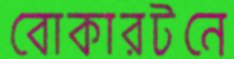
বোকারটনে